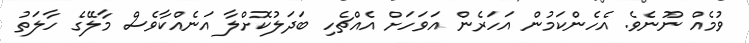
ވުމެއް ނޫނެވެ. އެހެންކަމުން އަހަރެން އަވަހަށް އެއްޗެހި ބަދަލުކޮށްލާ އަނެއްކާވެސް މާލޭގެ ހާލަތު